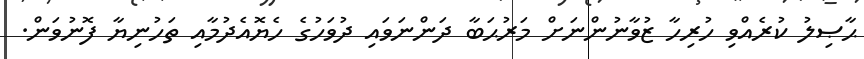
ޙާޞިލު ކުރެއްވި ހުރިހާ ޒުވާނުންނަށް މަރުޙަބާ ދަންނަވައި ދުވަހުގެ ހެޔޮއެދުމާއި ތަހުނިޔާ ފޮނުވަން.